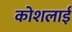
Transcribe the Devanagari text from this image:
कोशलाई